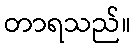
တာရသည်။